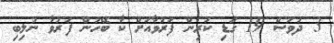
3 ދުވަސް 19 ގަޑި ކުރިން ފަރުވާއަށް ކާ ބޭހުން ފަރުވާ ނުލިބި